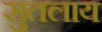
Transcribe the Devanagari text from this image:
सुतलाय